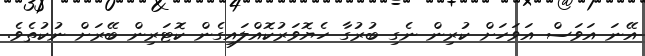
އޭނަ އަވަސް އަވަހަށް ކުރިން ނެގި ބުރުގާ ހެޔޮވަރުކޮއްލައިގެން ކޮޓަރިން ބޭރަށް ނުކުތެވެ.